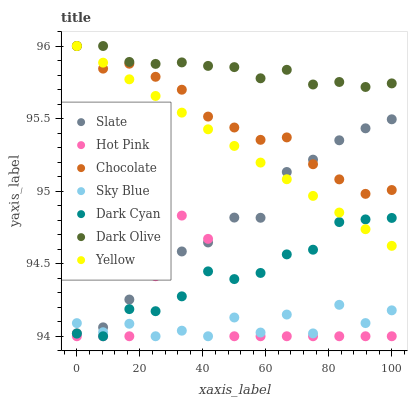
| xaxis_label | Slate | Hot Pink | Chocolate | Sky Blue | Dark Cyan | Dark Olive | Yellow |
 | --- | --- | --- | --- | --- | --- | --- | --- |
 | 0 | 94 | 94 | 96 | 94.1 | 94 | 96 | 96 |
 | 8.33 | 94.1 | 94 | 95.8 | 94 | 94 | 96 | 95.9 |
 | 16.7 | 94.3 | 94 | 95.9 | 94.1 | 94.2 | 95.9 | 95.8 |
 | 25 | 94.5 | 94.4 | 95.8 | 94 | 94.2 | 95.9 | 95.7 |
 | 33.3 | 94.6 | 94.8 | 95.7 | 94 | 94.3 | 95.9 | 95.5 |
 | 41.7 | 94.6 | 94.7 | 95.5 | 94 | 94.4 | 95.9 | 95.4 |
 | 50 | 94.8 | 94 | 95.4 | 94.1 | 94.4 | 95.9 | 95.3 |
 | 58.3 | 94.8 | 94 | 95.4 | 94 | 94.4 | 95.8 | 95.2 |
 | 66.7 | 95.1 | 94 | 95.4 | 94.1 | 94.6 | 95.8 | 95.1 |
 | 75 | 95.2 | 94 | 95.2 | 94 | 94.6 | 95.7 | 95 |
 | 83.3 | 95.4 | 94 | 95.1 | 94.2 | 94.8 | 95.8 | 94.9 |
 | 91.7 | 95.4 | 94 | 95 | 94.1 | 94.8 | 95.7 | 94.7 |
 | 100 | 95.5 | 94 | 95 | 94.2 | 94.8 | 95.7 | 94.6 |